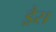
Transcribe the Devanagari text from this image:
ड्रैस